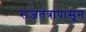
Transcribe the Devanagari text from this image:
राजतंत्रापासून